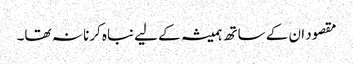
مقصود ان کے ساتھ ہمیشہ کے لیے نباہ کرنا نہ تھا۔